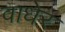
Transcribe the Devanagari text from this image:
वाधेर